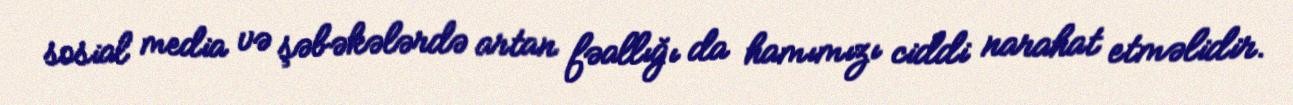
sosial media və şəbəkələrdə artan fəallığı da hamımızı ciddi narahat etməlidir.